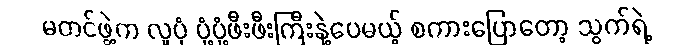
မတင်ဖွဲ့က လူပုံ ပုံ့ပုံ့ဖီးဖီးကြီးနဲ့ပေမယ့် စကားပြောတော့ သွက်ရဲ့